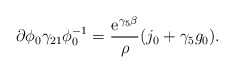
\begin{align*}\partial\phi_0 \gamma_{21}\phi_{0}^{-1} =\frac{{\rm e}^{\gamma_5 \beta}}{\rho}(j_0 + \gamma_5 g_0) .\end{align*}